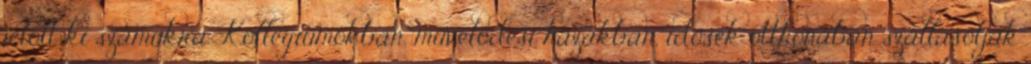
jelölt ki számukra. Kollégiumokban, művelődési házakban, idősek otthonában szállásolják